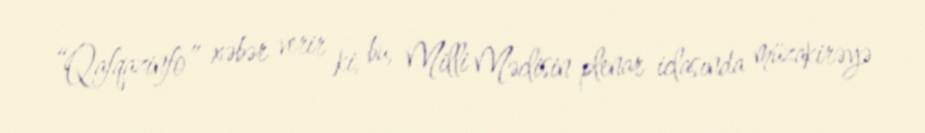
“Qafqazinfo” xəbər verir ki, bu, Milli Məclisin plenar iclasında müzakirəyə